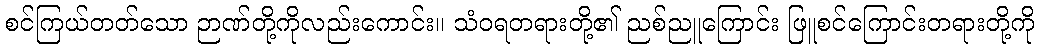
စင်ကြယ်တတ်သော ဉာဏ်တို့ကိုလည်းကောင်း။ သံဝရတရားတို့၏ ညစ်ညူကြောင်း ဖြူစင်ကြောင်းတရားတို့ကို